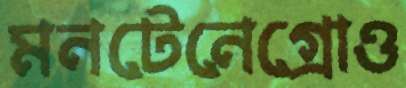
মনটেনেগ্রোও